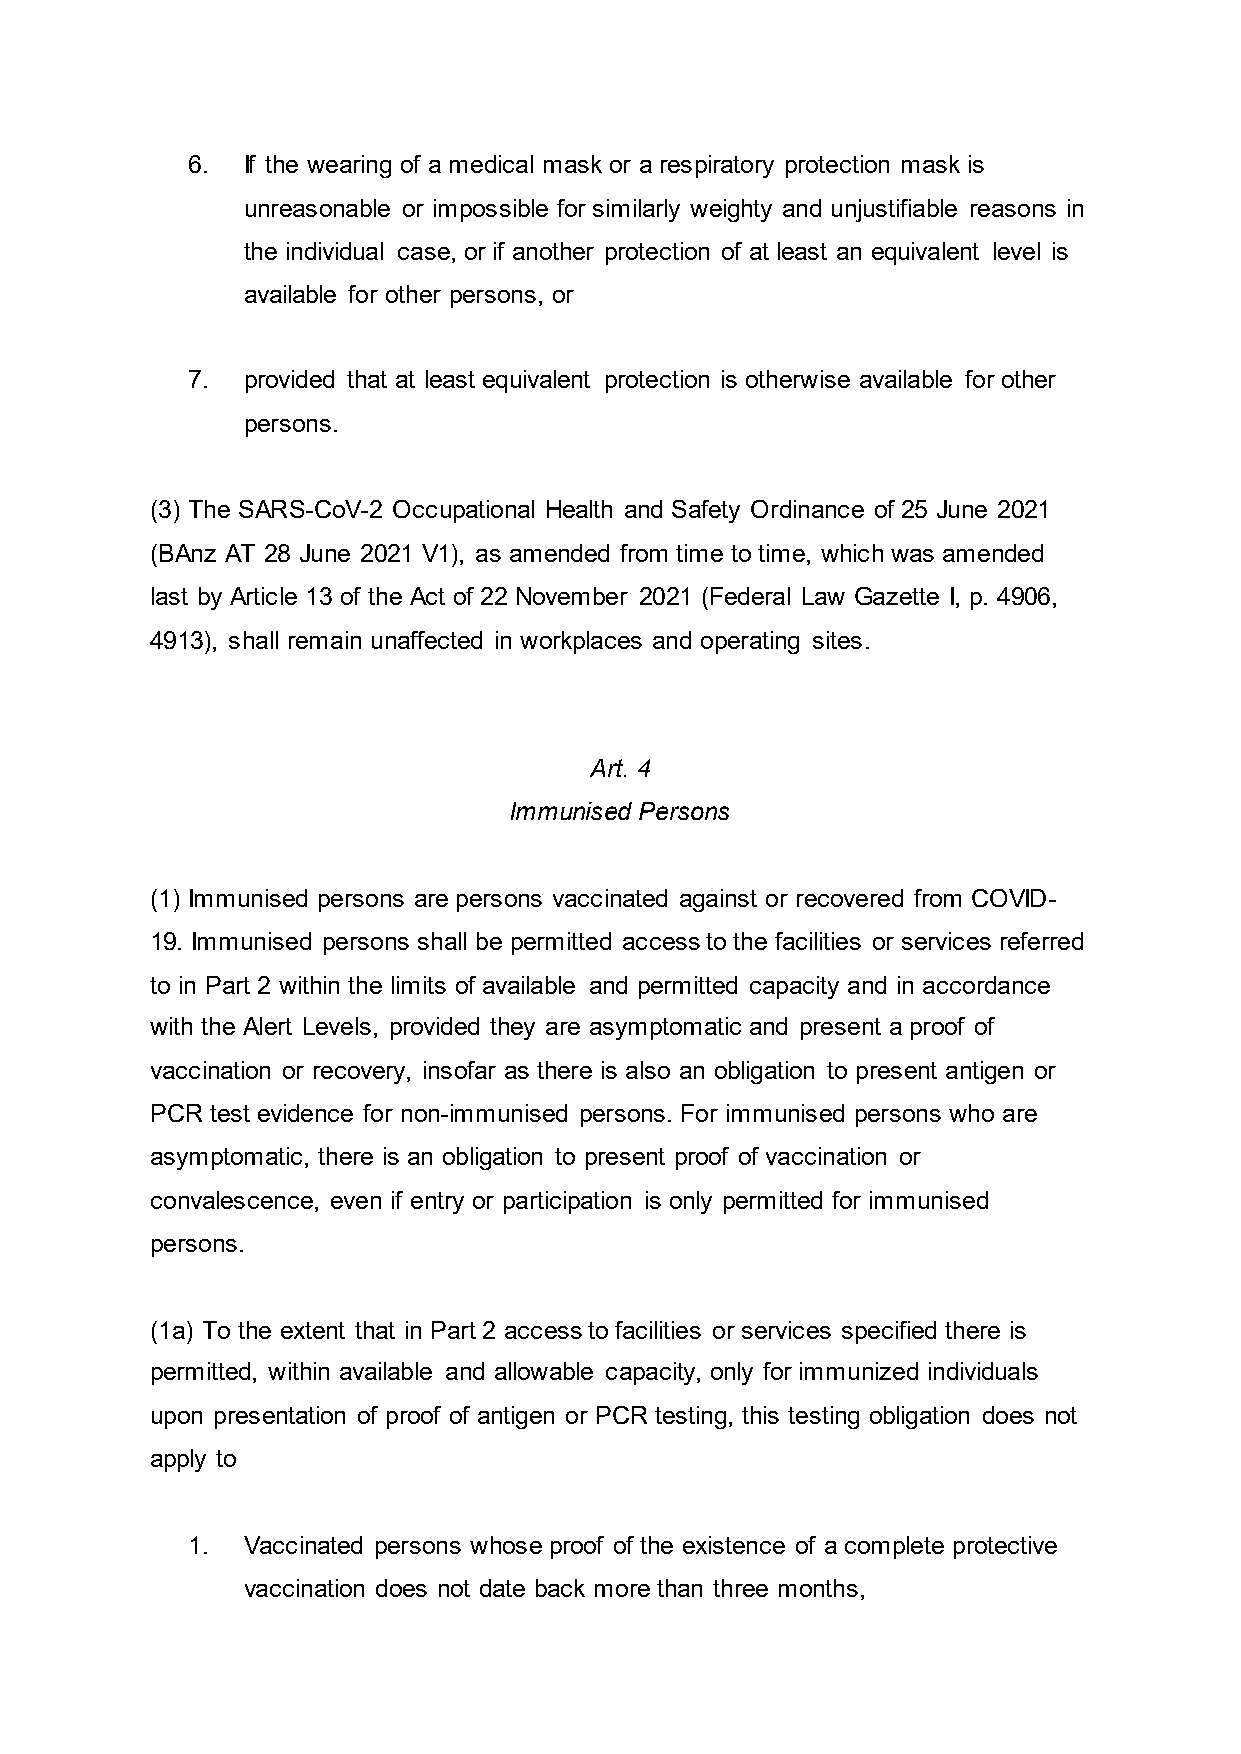
6.  If the wearing of a medical mask or a respiratory protection mask is
 unreasonable or impossible for similarly weighty and unjustifiable reasons in
 the individual case, or if another protection of at least an equivalent level is
 available for other persons, or
 7.  provided that at least equivalent protection is otherwise available for other
 persons.
 (3) The SARS-CoV-2 Occupational Health and Safety Ordinance of 25 June 2021
 (BAnz AT 28 June 2021 V1), as amended from time to time, which was amended
 last by Article 13 of the Act of 22 November 2021 (Federal Law Gazette I, p. 4906,
 4913), shall remain unaffected in workplaces and operating sites.
 Art. 4
 Immunised Persons
 (1) Immunised persons are persons vaccinated against or recovered from COVID-
 19. Immunised persons shall be permitted access to the facilities or services referred
 to in Part 2 within the limits of available and permitted capacity and in accordance
 with the Alert Levels, provided they are asymptomatic and present a proof of
 vaccination or recovery, insofar as there is also an obligation to present antigen or
 PCR test evidence for non-immunised persons. For immunised persons who are
 asymptomatic, there is an obligation to present proof of vaccination or
 convalescence, even if entry or participation is only permitted for immunised
 persons.
 (1a) To the extent that in Part 2 access to facilities or services specified there is
 permitted, within available and allowable capacity, only for immunized individuals
 upon presentation of proof of antigen or PCR testing, this testing obligation does not
 apply to
 1.  Vaccinated persons whose proof of the existence of a complete protective
 vaccination does not date back more than three months,